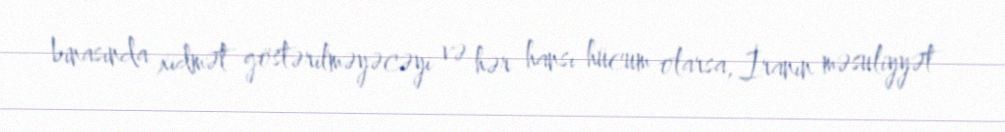
binasında xidmət göstərilməyəcəyi və hər hansı hücum olarsa, İranın məsuliyyət